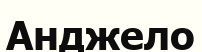
Анджело